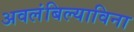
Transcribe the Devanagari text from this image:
अवलंबिल्याविना